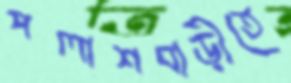
পলাশবাড়ীতে